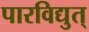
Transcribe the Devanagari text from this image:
पारविद्युत्